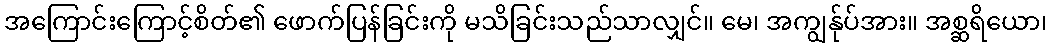
အကြောင်းကြောင့်စိတ်၏ ဖောက်ပြန်ခြင်းကို မသိခြင်းသည်သာလျှင်။ မေ၊ အကျွန်ုပ်အား။ အစ္ဆရိယော၊